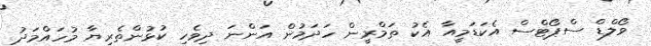
ވޯލްޑް ސްޕޯޓްސް އެކަޑަމީއާ އެކު ތަމްރީން ހަދަމުން އަންނަ ދިވެހި ކުޅުންތެރިޔާ މުހައްމަދު